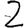
Digit: 2